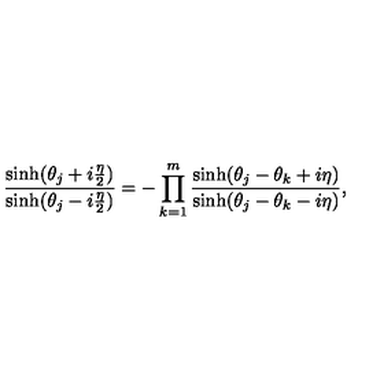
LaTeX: \frac { \sinh ( { \theta _ { j } + i { \frac { \eta } { 2 } } } ) } { \sinh ( { \theta _ { j } - i { \frac { \eta } { 2 } } } ) } = - \prod _ { k = 1 } ^ { m } \frac { \sinh ( { \theta _ { j } - \theta _ { k } + i \eta } ) } { \sinh ( { \theta _ { j } - \theta _ { k } - i \eta } ) } ,